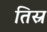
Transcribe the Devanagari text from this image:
तिस्र